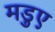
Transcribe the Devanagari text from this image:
मडुए